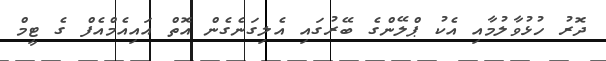
ދޮރު ހުޅުވާލުމާއި އެކު ޕްލޭންގެ ބޭރުގައި އެލިގަނެގެން އޮތް އައިއެމްއެފް ގެ ޓީމް